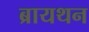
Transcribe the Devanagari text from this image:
ब्रायथन